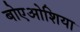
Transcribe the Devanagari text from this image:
बोएओशिया